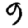
Digit: 9